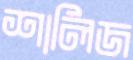
শালিজ